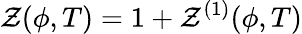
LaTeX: \mathcal{Z}(\phi,T)=1+\mathcal{Z}^{(1)}(\phi,T)